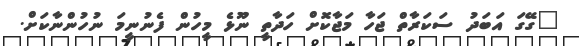
"ގޭގަ އަބަދު ސަކަރާތް ޖަހާ މަޖާކޮށް ހަދާތީ ނޫޅެ މީހުން ފެނުނީމަ ނުހުންނާކަށް.